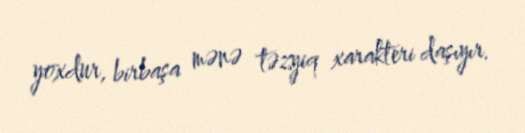
yoxdur, birbaşa mənə təzyiq xarakteri daşıyır.